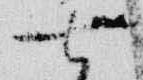
七